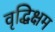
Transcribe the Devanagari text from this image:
वृद्धिक्षम